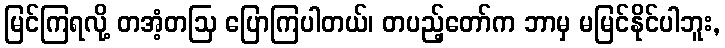
မြင်ကြရလို့ တအံ့တဩ ပြောကြပါတယ်၊ တပည့်တော်က ဘာမှ မမြင်နိုင်ပါဘူး,